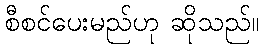
စီစင်ပေးမည်ဟု ဆိုသည်။